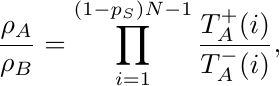
\begin{equation*}
    \frac{\rho_A}{\rho_B} = \prod_{i=1}^{(1-p_S)N-1} \frac{T_A^+(i)}{T_A^-(i)},
\end{equation*}